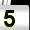
Digit: 5